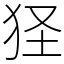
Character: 㹩